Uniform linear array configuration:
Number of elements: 12
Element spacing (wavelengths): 0.25
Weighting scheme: blackman
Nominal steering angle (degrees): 30
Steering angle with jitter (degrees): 28.197
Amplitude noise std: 0.05
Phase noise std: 0.05

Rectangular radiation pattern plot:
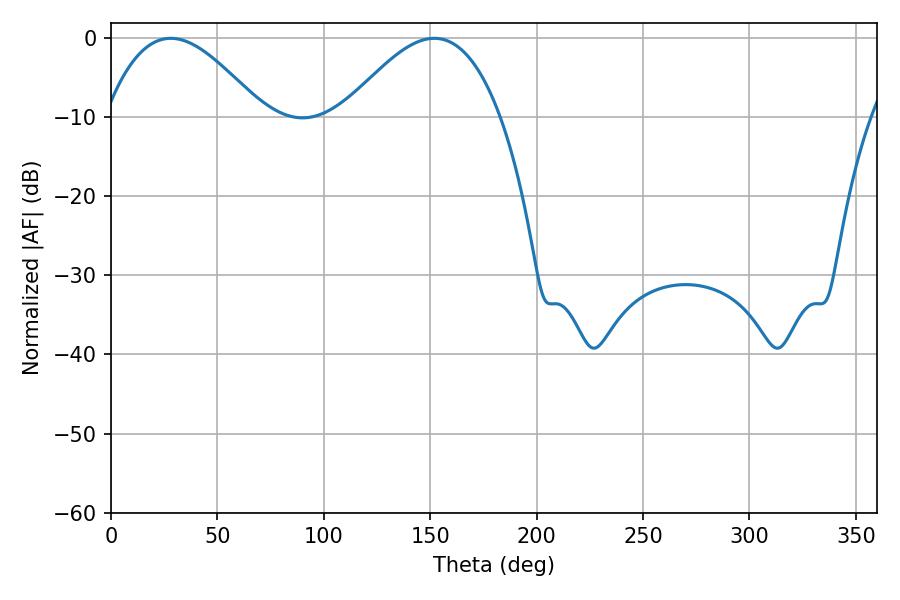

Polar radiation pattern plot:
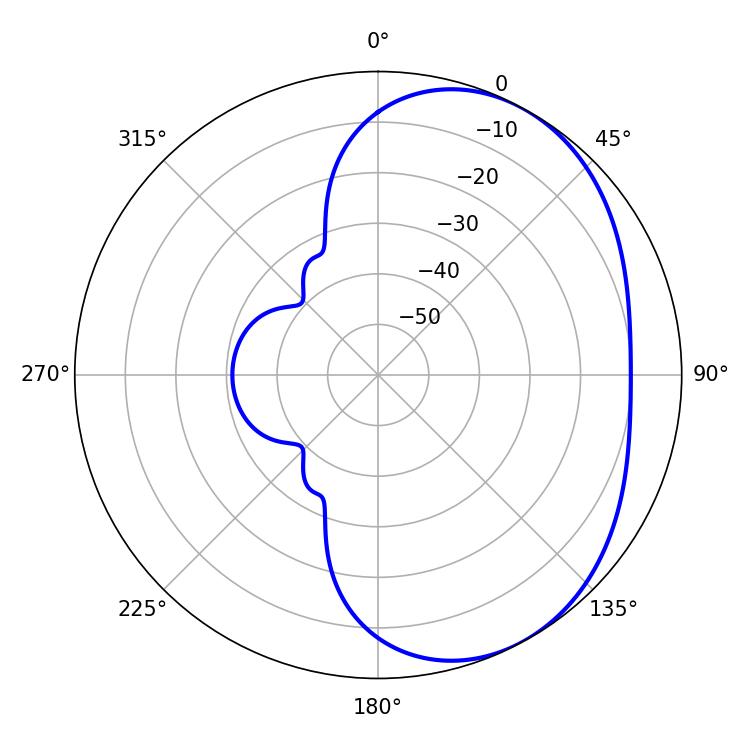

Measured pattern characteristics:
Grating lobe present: FALSE
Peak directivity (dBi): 3.885
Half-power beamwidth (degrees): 39.96
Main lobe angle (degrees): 28.08